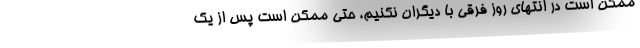
ممکن است در انتهای روز فرقی با دیگران نکنیم، حتی ممکن است پس از یک